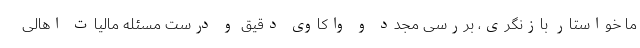
ما خواستار بازنگری، بررسی مجدد و واکاوی دقیق و درست مسئله مالیات اهالی